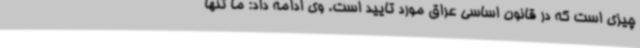
چیزی است که در قانون اساسی عراق مورد تایید است. وی ادامه داد: ما تنها